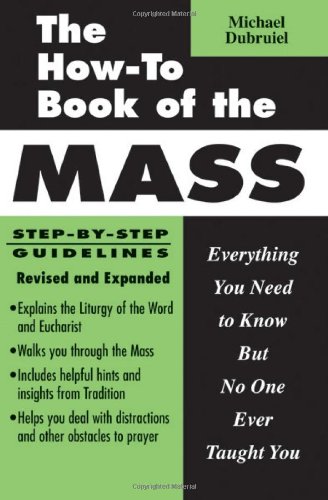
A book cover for The How-To Book of the Mass: Everything You Need to Know but No One Ever Taught You; Michael Dubruiel; Religion & Spirituality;